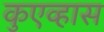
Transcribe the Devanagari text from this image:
कुएव्हास